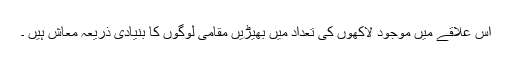
اس علاقے میں موجود لاکھوں کی تعداد میں بھیڑیں مقامی لوگوں کا بنیادی ذریعہ معاش ہیں ۔